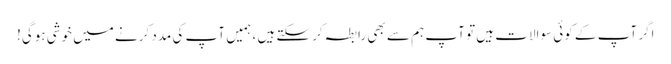
اگر آپ کے کوئی سوالات ہیں تو آپ ہم سے بھی رابطہ کرسکتے ہیں ، ہمیں آپ کی مدد کرنے میں خوشی ہوگی!